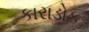
કારાડોક